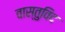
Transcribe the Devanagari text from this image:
वास्‍तुविद